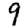
Digit: 9